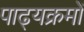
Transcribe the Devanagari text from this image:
पाढ्यक्रमों